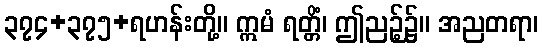
၃၇၄+၃၇၅+ရဟန်းတို့။ ဣမံ ရတ္တိံ၊ ဤညဉ့်၌။ အညတရာ၊